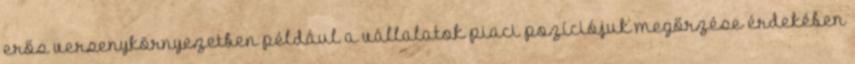
erős versenykörnyezetben például a vállalatok piaci pozíciójuk megőrzése érdekében